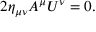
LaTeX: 2 \eta _ { \mu \nu } A ^ { \mu } U ^ { \nu } = 0 .